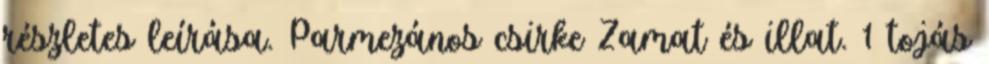
részletes leírása. Parmezános csirke Zamat és illat. 1 tojás